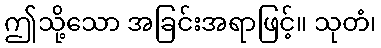
ဤသို့သော အခြင်းအရာဖြင့်။ သုတံ၊